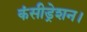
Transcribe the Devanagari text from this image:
कंसीड्रेशन।